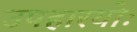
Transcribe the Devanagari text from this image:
उपहारयोः